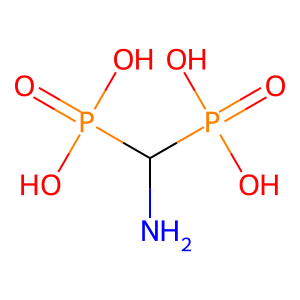
SMILES: NC(P(=O)(O)O)P(=O)(O)O
Inhibits HIV replication: No